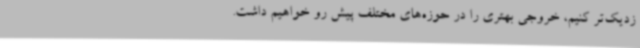
زدیک‌تر کنیم، خروجی بهتری را در حوزه‌های مختلف پیش رو خواهیم داشت.